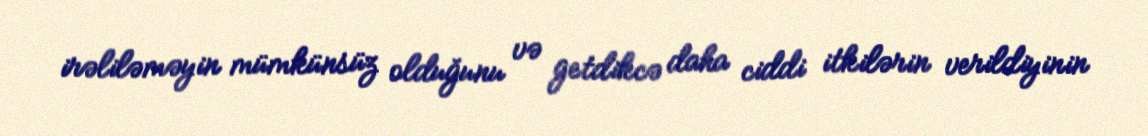
irəliləməyin mümkünsüz olduğunu və getdikcə daha ciddi itkilərin verildiyinin